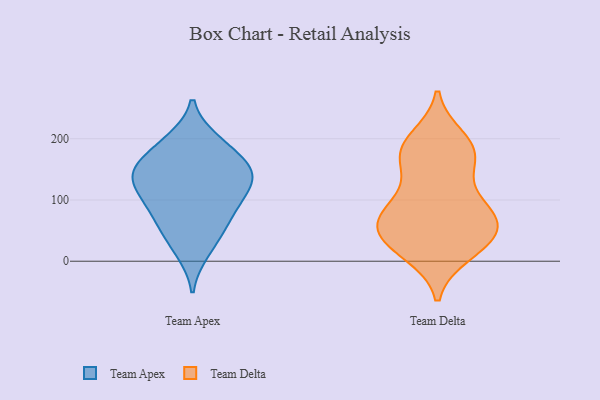
{"axis": {"x": "Churn Rate (%)", "y": "Value"}, "legend": ["Team Apex", "Team Delta"], "data": [{"x": "", "y": 148, "type": "Team Apex"}, {"x": "", "y": 149, "type": "Team Apex"}, {"x": "", "y": 14, "type": "Team Apex"}, {"x": "", "y": 98, "type": "Team Apex"}, {"x": "", "y": 191, "type": "Team Apex"}, {"x": "", "y": 134, "type": "Team Apex"}, {"x": "", "y": 54, "type": "Team Apex"}, {"x": "", "y": 107, "type": "Team Apex"}, {"x": "", "y": 92, "type": "Team Apex"}, {"x": "", "y": 54, "type": "Team Apex"}, {"x": "", "y": 198, "type": "Team Apex"}, {"x": "", "y": 140, "type": "Team Apex"}, {"x": "", "y": 158, "type": "Team Apex"}, {"x": "", "y": 27, "type": "Team Delta"}, {"x": "", "y": 31, "type": "Team Delta"}, {"x": "", "y": 174, "type": "Team Delta"}, {"x": "", "y": 199, "type": "Team Delta"}, {"x": "", "y": 14, "type": "Team Delta"}, {"x": "", "y": 80, "type": "Team Delta"}, {"x": "", "y": 30, "type": "Team Delta"}, {"x": "", "y": 182, "type": "Team Delta"}, {"x": "", "y": 55, "type": "Team Delta"}, {"x": "", "y": 69, "type": "Team Delta"}, {"x": "", "y": 122, "type": "Team Delta"}, {"x": "", "y": 85, "type": "Team Delta"}, {"x": "", "y": 180, "type": "Team Delta"}, {"x": "", "y": 168, "type": "Team Delta"}, {"x": "", "y": 72, "type": "Team Delta"}, {"x": "", "y": 62, "type": "Team Delta"}]}